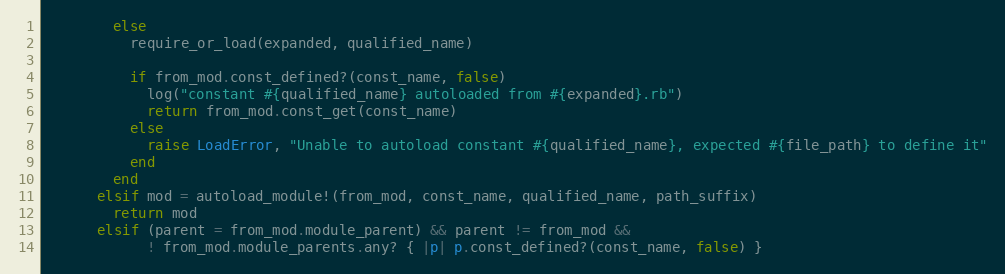
Language: Ruby
        else
          require_or_load(expanded, qualified_name)

          if from_mod.const_defined?(const_name, false)
            log("constant #{qualified_name} autoloaded from #{expanded}.rb")
            return from_mod.const_get(const_name)
          else
            raise LoadError, "Unable to autoload constant #{qualified_name}, expected #{file_path} to define it"
          end
        end
      elsif mod = autoload_module!(from_mod, const_name, qualified_name, path_suffix)
        return mod
      elsif (parent = from_mod.module_parent) && parent != from_mod &&
            ! from_mod.module_parents.any? { |p| p.const_defined?(const_name, false) }